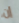
إن